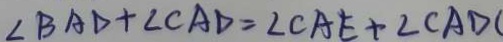
\angle B A D + \angle C A D = \angle C A E + \angle C A D